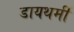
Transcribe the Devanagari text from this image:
डायथर्मी